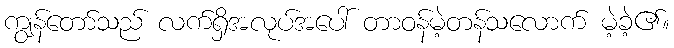
ကျွန်တော်သည် လက်ရှိအလုပ်အပေါ် တာဝန်မဲ့တန်သလောက် မဲ့ခဲ့၏။